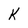
Character: K